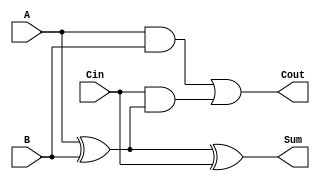
module full_adder (
    input wire A,    // First input bit
    input wire B,    // Second input bit
    input wire Cin,  // Carry-in bit
    output wire Sum, // Sum output
    output wire Cout // Carry-out output
);

// Intermediate signals
wire AxorB;

// Calculate Sum = A XOR B XOR Cin
assign AxorB = A ^ B;    // First XOR
assign Sum = AxorB ^ Cin; // Second XOR

// Calculate Cout = (A AND B) OR (Cin AND (A XOR B))
assign Cout = (A & B) | (Cin & AxorB);

endmodule